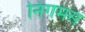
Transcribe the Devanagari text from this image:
निगमस